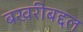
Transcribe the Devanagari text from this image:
बखरीबद्दल